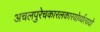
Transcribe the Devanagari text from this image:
अचलपुरेचकारलकारयोर्व्यत्ययो